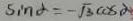
5 i n \alpha = - \sqrt { 3 } a x \alpha